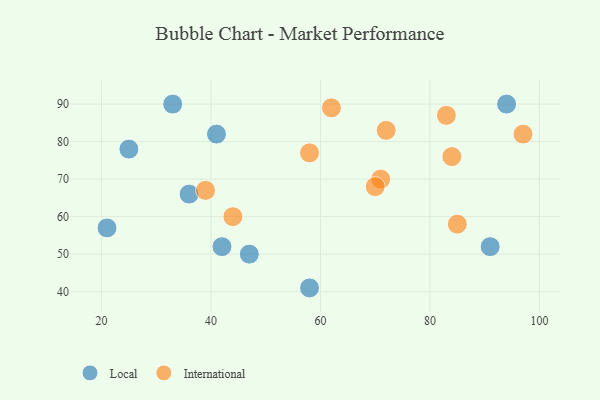
{"axis": {"x": "GDP", "y": "Life Expectancy"}, "legend": ["International", "Local"], "data": [{"x": "58", "y": 41, "type": "Local"}, {"x": "91", "y": 52, "type": "Local"}, {"x": "21", "y": 57, "type": "Local"}, {"x": "41", "y": 82, "type": "Local"}, {"x": "33", "y": 90, "type": "Local"}, {"x": "42", "y": 52, "type": "Local"}, {"x": "36", "y": 66, "type": "Local"}, {"x": "47", "y": 50, "type": "Local"}, {"x": "25", "y": 78, "type": "Local"}, {"x": "94", "y": 90, "type": "Local"}, {"x": "84", "y": 76, "type": "International"}, {"x": "58", "y": 77, "type": "International"}, {"x": "85", "y": 58, "type": "International"}, {"x": "71", "y": 70, "type": "International"}, {"x": "72", "y": 83, "type": "International"}, {"x": "44", "y": 60, "type": "International"}, {"x": "83", "y": 87, "type": "International"}, {"x": "39", "y": 67, "type": "International"}, {"x": "97", "y": 82, "type": "International"}, {"x": "62", "y": 89, "type": "International"}, {"x": "70", "y": 68, "type": "International"}]}